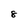
Character: 8